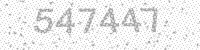
Solution: 547447